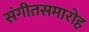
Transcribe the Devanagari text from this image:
संगीतसमारोह